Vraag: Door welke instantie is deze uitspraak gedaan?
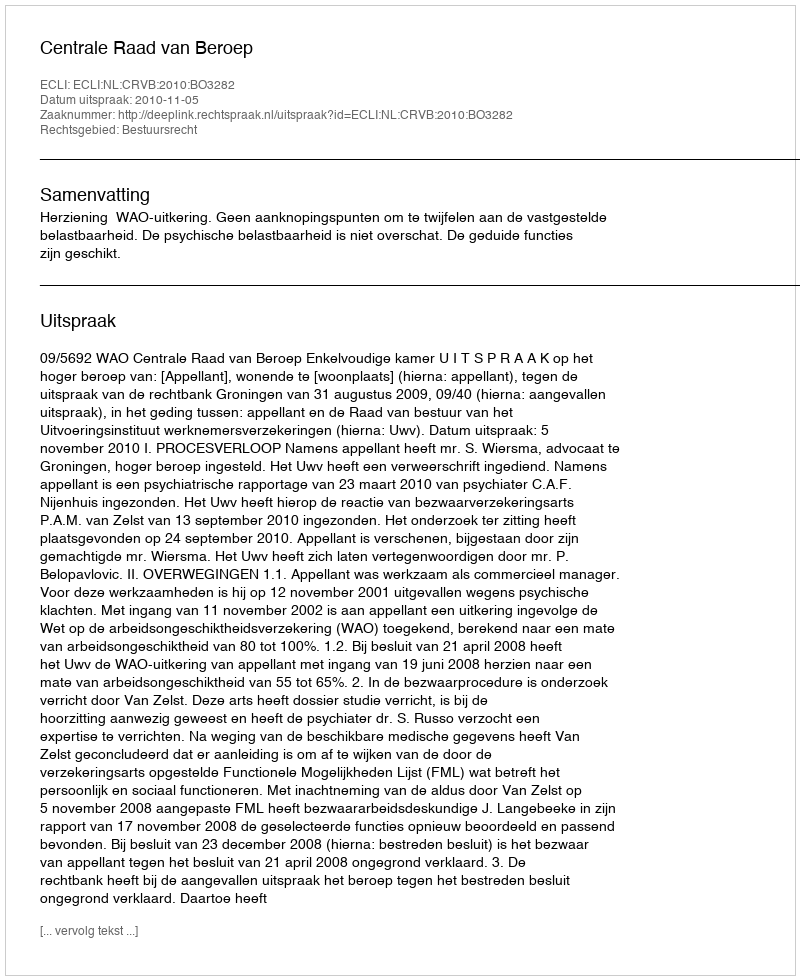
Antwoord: Centrale Raad van Beroep